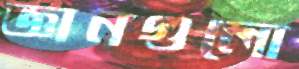
জ্ঞানগুলো